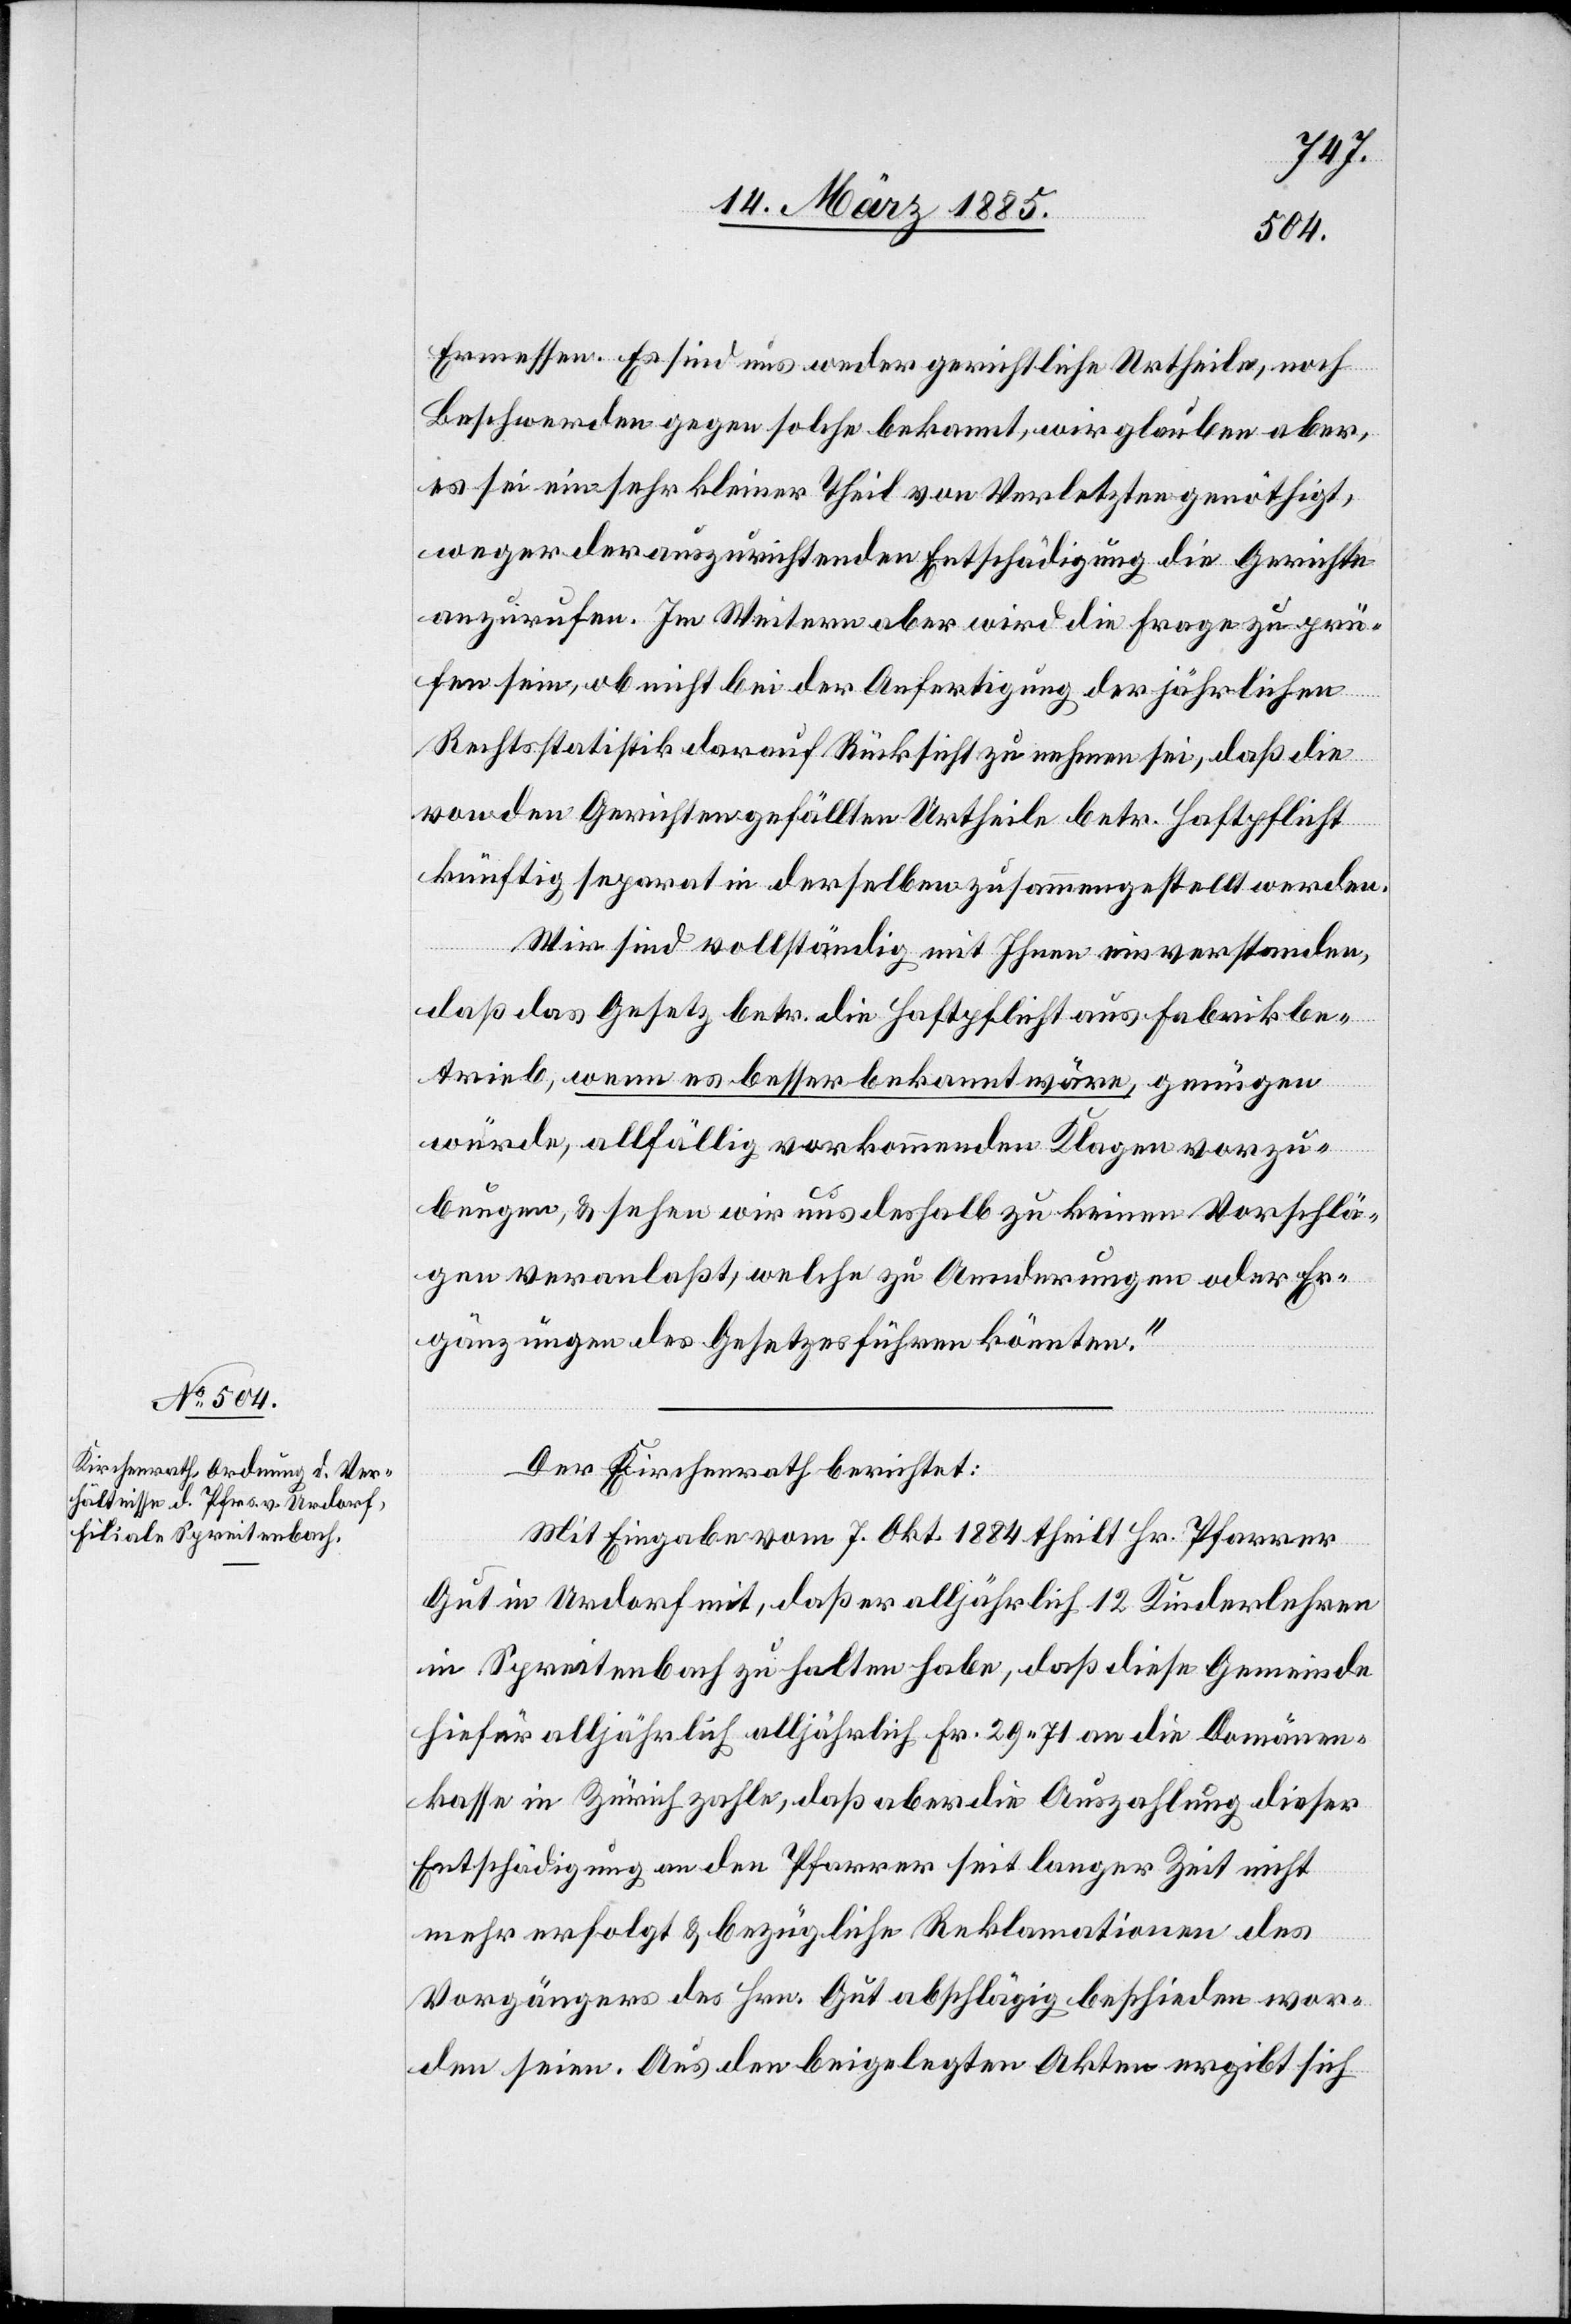
Ermessen. Es sind uns weder gerichtliche Urtheile, noch
Beschwerden gegensolche bekannt, wir glauben aber,
es sei ein sehr kleiner Theil von Verletzten genöthigt,
der auszurichtenden Entschädigung die Gerichte
anzurufen. Im Weitern aber wird die Frage zu prü¬
fen sein, ob nicht bei der Anfertigung der jährlichen
Rechtsstatistik darauf Rücksicht zu nehmen sei, daß die
von den Gerichten gefällten Urtheile betr. Haftpflicht
künftig separat in derselben zusammengestellt werde.
Wir sind vollständig mit Ihnen einverstanden,
daß das Gesetz betr. die Haftpflicht aus Fabrikbe¬
trieb, wenn es besser bekannt wäre, genügen
würde, allfällig vorkommenden Klagen vorzu¬
beugen, & sehen wir uns deshalb zu keinen Vorschlä¬
gen veranlaßt, welche zu Aenderungen oder Er¬
gänzungen des Gesetzes führen könnten.“
Der Kirchenrath berichtet:
Mit Eingabe vom 7. Okt. 1884 theilt Hr. Pfarrer
Gut in Urdorf mit, daß er alljährlich 12. Kinderlehren
in Spreitenbach zu halten habe, daß diese Gemeinde
hierfür alljährlich alljährlich [sic!] Fr. 29 71 an die Domänen¬
kasse in Zürich zahle, daß aber die Auszahlung dieser
Entschädigung an den Pfarrer seit langer Zeit nicht
mehr erfolgt & bezügliche Reklamationen des
Vorgängers des Hrn. Gut abschlägig beschieden wor¬
den seien. Aus den beigelegten Akten ergibt sich